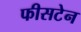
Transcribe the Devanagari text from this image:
फीसटेन